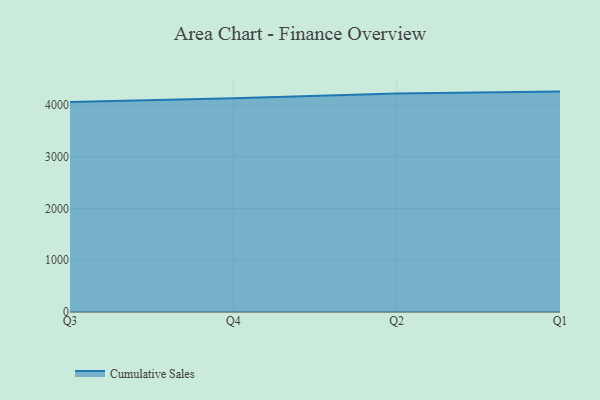
{"axis": {"x": "Quarter", "y": "Production Output"}, "legend": ["Cumulative Sales"], "data": [{"x": "Q3", "y": 4057.7, "type": "Cumulative Sales"}, {"x": "Q4", "y": 4130.5, "type": "Cumulative Sales"}, {"x": "Q2", "y": 4224.0, "type": "Cumulative Sales"}, {"x": "Q1", "y": 4260.1, "type": "Cumulative Sales"}]}